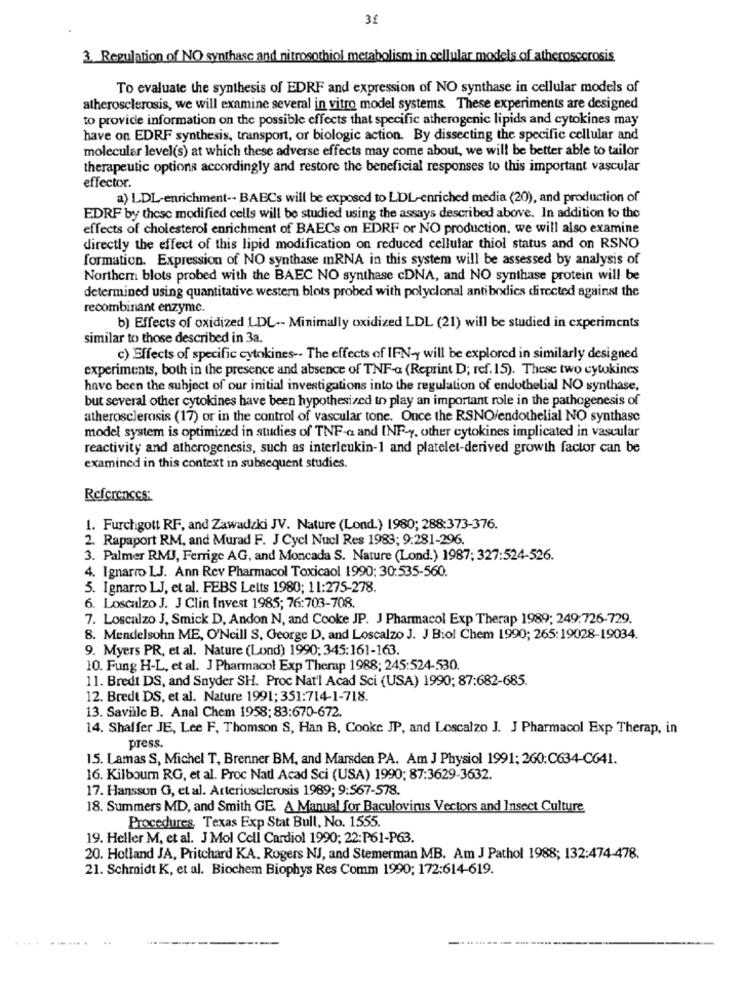
31
3. Regulation of NO synthasc and nitrosothiol metabolism in cellular models of atherosccrosis
To evaluate the synthesis of EDRF and expression of NO synthase in cellular models of
atherosclerosis, we will examine several in vitro model systems. These experiments are designed
to provide information on the possible effects that specific atherogenic lipids and cytokines may
have on EDRF synthesis, transport, or biologic action. By dissecting the specific cellular and
molecular level(s) at which these adverse effects may come about, we will be better able to tailor
therapeutic options accordingly and restore the beneficial responses to this important vascular
effector.
a) LDL-enrichment -- BAECs will be exposed to LDL-enriched media (20), and production of
EDRF by these modified cells will be studied using the assays described above. In addition to the
effects of cholesterol enrichment of BAECs on EDRF or NO production, we will also examine
directly the effect of this lipid modification on reduced cellular thiol status and on RSNO
formation. Expression of NO synthase mRNA in this system will be assessed by analysis of
Northem blots probed with the BAEC NO synthase cDNA, and NO synthase protein will be
determined using quantitative western blots probed with polyclonal antibodies directed against the
recombinant enzymc.
b) Effects of oxidized LDL -- Minimally oxidized LDL (21) will be studied in experiments
similar to those described in 3a.
c) Effects of specific cytokines -. The effects of IFN-y will be explored in similarly designed
experiments, both in the presence and absence of TNF-a (Reprint D; ref. 15). These two cytokines
have been the subject of our initial investigations into the regulation of endothelial NO synthase,
but several other cytokines have been hypothesized to play an important role in the pathogenesis of
atherosclerosis (17) or in the control of vascular tone. Once the RSNO/endothelial NO synthase
model system is optimized in studies of TNF-a and INF-y, other cytokines implicated in vascular
reactivity and atherogenesis, such as interleukin-1 and platelet-derived growth factor can be
examined in this context in subsequent studies.
References:
1. Furchgott RF, and Zawadzki JV. Nature (Lond.) 1980; 288:373-376.
2. Rapaport RM, and Murad F. J Cycl Nucl Res 1983; 9:281-296.
3. Palmer RMJ, Ferrige AG, and Moncada S. Nature (Lond.) 1987: 327:524-526.
4. Ignarro LJ. Ann Rev Pharmacol Toxicaol 1990: 30:535-560.
5. Ignarro LJ, et al. FEBS Letts 1980; 11:275-278.
6. Loscalzo J. J Clin Invest 1985; 76:703-708.
7. Loscalzo J, Smick D, Andon N, and Cooke JP. J Pharmacol Exp Therap 1989; 249:726-729.
8. Mendelsohn ME, O'Neill S, George D, and Loscalzo J. J Biol Chem 1990; 265:19028-19034.
9. Myers PR, et al. Nature (Lond) 1990; 345:161-163.
10. Fung H-L, et al. J Pharmacol Exp Therap 1988; 245:524-530.
11. Bredt DS, and Snyder SH. Proc Nat'l Acad Sci (USA) 1990; 87:682-685.
12. Bredt DS, et al. Nature 1991; 351:714-1-718.
13. Saville B. Anal Chem 1958; 83:670-672.
14. Shaffer JE, Lee F. Thomson S, Han B, Cooke JP, and Loscalzo J. J Pharmacol Exp Therap, in
press.
15. Lamas S, Michel T, Brenner BM, and Marsden PA. Am J Physiol 1991; 260:C634-C641.
16. Kilbourn RG, et al. Proc Natl Acad Sci (USA) 1990; 87:3629-3632.
17. Hansson G, et al. Arterioselcrusis 1989; 9:567-578.
18. Summers MD, and Smith GE. A Manual for Baculovirus Vectors and Insect Culture
Procedures Texas Exp Stat Bull, No. 1555.
19. Heller M, et al. J Mol Cell Cardiol 1990; 22:P61-P63.
20. Holland JA, Pritchard KA. Rogers NJ, and Stemerman MB. Am J Pathol 1988; 132:474-478.
21. Schmidt K, et al. Biochem Biophys Res Comm 1990; 172:614-619.